Report on the working of the Ranchi Indian Mental Hospital, Kanke, in Bihar and Orissa - 1930-1940
Year: 1930
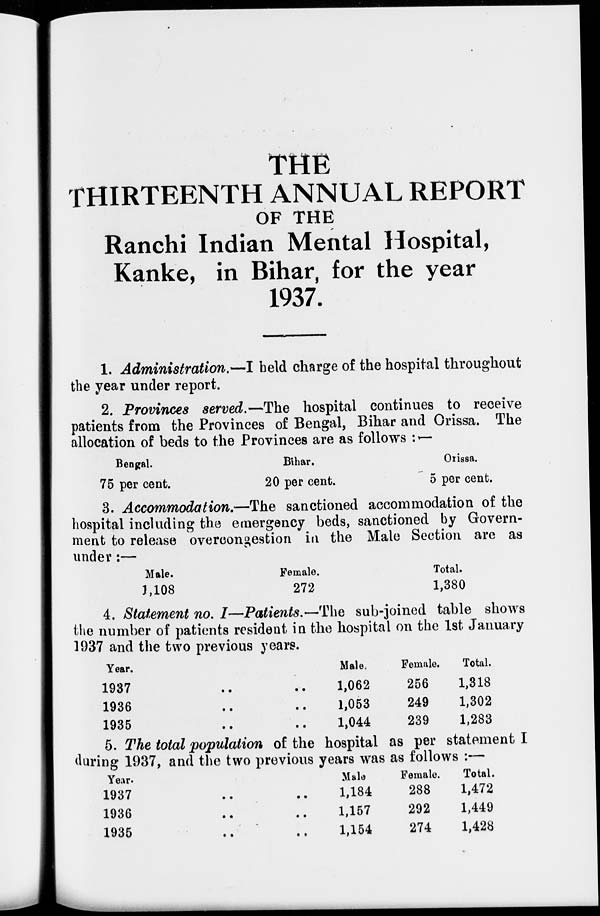
THE
THIRTEENTH ANNUAL REPORT
OF THE
Ranchi Indian Mental Hospital,
Kanke, in Bihar, for the year
1937.
1. Administration.—I held charge of the hospital throughout
the year under report.
2. Provinces served.—The hospital continues to receive
patients from the Provinces of Bengal, Bihar and Orissa. The
allocation of beds to the Provinces are as follows :—
Bengal.
75 per cent.
Bihar.
20 per cent.
Orissa.
5 per cent.
3. Accommodation.—The sanctioned accommodation of the
hospital including the emergency beds, sanctioned by Govern-
ment to release overcongestion in the Male Section are as
under:—
Male.
1,108
Female.
272
Total.
1,380
4. Statement no. I—Patients.—The sub-joined table shows
the number of patients resident in the hospital on the 1st January
1937 and the two previous years.
Year.
1937 .. ..
1936 .. ..
1935 .. ..
Male.
1,062
1,053
1,044
Female.
256
249
239
Total.
1,318
1,302
1,283
5. The total population of the hospital as per statement I
during 1937, and the two previous years was as follows :—
Year.
1937 .. ..
1936
..
..
1935
..
..
Male.
1,184
1,157
1,154
Female.
288
292
274
Total.
1,472
1,449
1,428